Causation and prevention of malarial fevers: a statement of the results of researches drawn up for the use of assistant surgeons, hospital assistants and students
Disease focus: Malaria
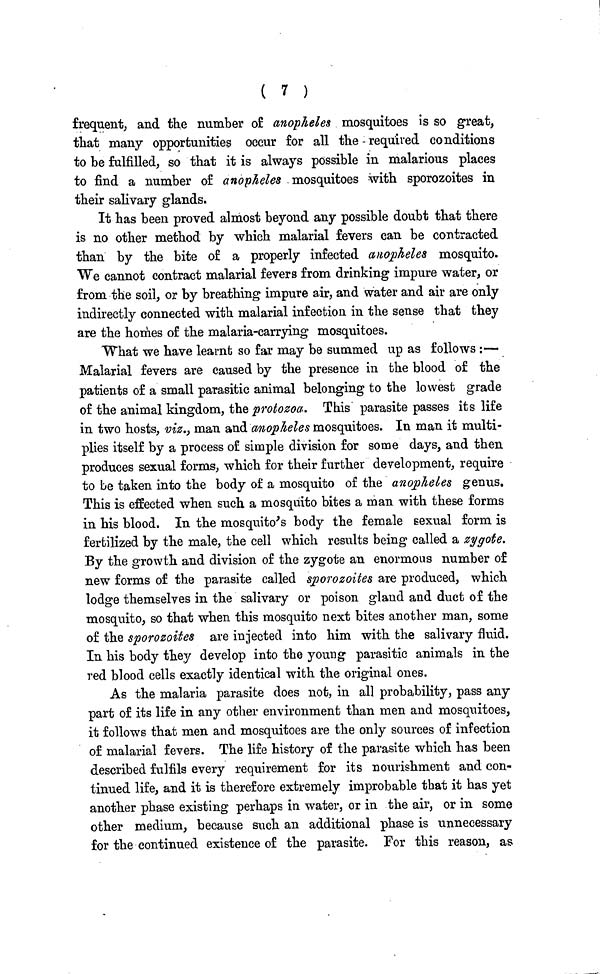
( 7 )
frequent, and the number of anopheles mosquitoes is so great,
that many opportunities occur for all the - required conditions
to be fulfilled, so that it is always possible in malarious places
to find a number of anopheles mosquitoes with sporozoites in
their salivary glands.
It has been proved almost beyond any possible doubt that there
is no other method by which malarial fevers can be contracted
than by the bite of a properly infected anopheles mosquito.
We cannot contract malarial fevers from drinking impure water, or
from the soil, or by breathing impure air, and water and air are only
indirectly connected with malarial infection in the sense that they
are the homes of the malaria-carrying mosquitoes.
What we have learnt so far may be summed up as follows :—
Malarial fevers are caused by the presence in the blood of the
patients of a small parasitic animal belonging to the lowest grade
of the animal kingdom, the protozoa. This parasite passes its life
in two hosts, viz., man and anopheles mosquitoes. In man it multi-
plies itself by a process of simple division for some days, and then
produces sexual forms, which for their further development, require
to be taken into the body of a mosquito of the anopheles genus.
This is effected when such a mosquito bites a man with these forms
in his blood. In the mosquito's body the female sexual form is
fertilized by the male, the cell which results being called a zygote.
By the growth and division of the zygote an enormous number of
new forms of the parasite called sporozoites are produced, which
lodge themselves in the salivary or poison gland and duct of the
mosquito, so that when this mosquito next bites another man, some
of the sporozoites are injected into him with the salivary fluid.
In his body they develop into the young parasitic animals in the
red blood cells exactly identical with the original ones.
As the malaria parasite does not, in all probability, pass any
part of its life in any other environment than men and mosquitoes,
it follows that men and mosquitoes are the only sources of infection
of malarial fevers. The life history of the parasite which has been
described fulfils every requirement for its nourishment and con-
tinued life, and it is therefore extremely improbable that it has yet
another phase existing perhaps in water, or in the air, or in some
other medium, because such an additional phase is unnecessary
for the continued existence of the parasite. For this reason, as